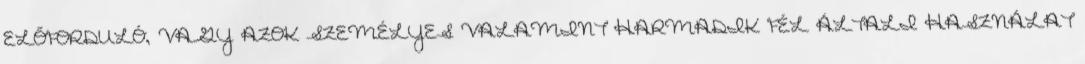
ELŐFORDULÓ, VAGY AZOK SZEMÉLYES VALAMINT HARMADIK FÉL ÁLTALI HASZNÁLAT